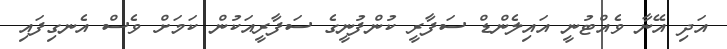
އަދި އޭނާ ވެއްޓުނީ އައިލެންޑް ސަފާރީ ކުންފުނީގެ ސަފާރީއަކުން ކަމަށް ވެސް އެނގިފައި